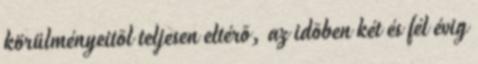
körülményeitõl teljesen eltérõ, az idõben két és fél évig